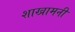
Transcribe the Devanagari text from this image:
शाखामनी